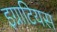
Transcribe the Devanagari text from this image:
इग्नाटियस